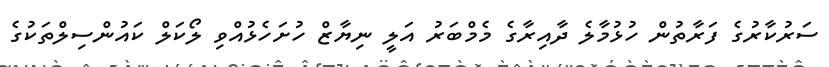
ސަރުކާރުގެ ފަރާތުން ހުޅުމާލެ ދާއިރާގެ މެމްބަރު އަލީ ނިޔާޒް ހުށަހެޅުއްވި ލޯކަލް ކައުންސިލްތަކުގެ